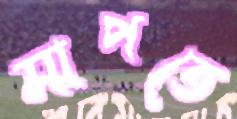
মাপতে